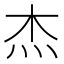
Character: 杰